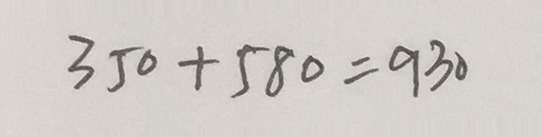
3 5 0 + 5 8 0 = 9 3 0